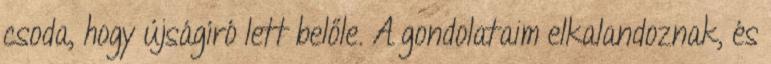
csoda, hogy újságíró lett belőle. A gondolataim elkalandoznak, és